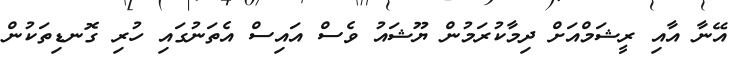
އޭނާ އާއި ރީޝަމްއަށް ދިމާކުރަމުން ޔޫޝައު ވެސް އައިސް އެތަނުގައި ހުރި ގޮނޑިތަކުން